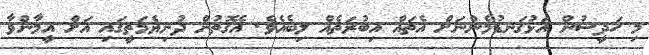
މި ހަދީސުން އަޅުގަނޑުމެންނަށް އެތައް އިބުރަތެއް ލިބެއެވެ. އެގޮތުން ދުނިޔެމަތީގައި އަށް އީމާންވާ